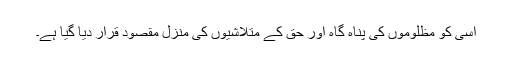
اسی کو مظلوموں کی پناہ گاہ اور حق کے متلاشیوں کی منزلِ مقصود قرار دیا گیا ہے۔